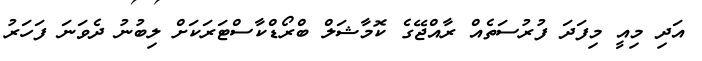
އަދި މިއީ މިފަދަ ފުރުސަތެއް ރާއްޖޭގެ ކޮމާޝަލް ބްރޯޑްކާސްޓަރަކަށް ލިބުނު ދެވަނަ ފަހަރު